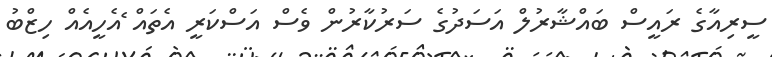
ސީރިއާގެ ރައީސް ބައްޝާރުލް އަސަދުގެ ސަރުކާރުން ވެސް އަސްކަރީ އެތައް ެއެހީއެއް ހިޒްބު